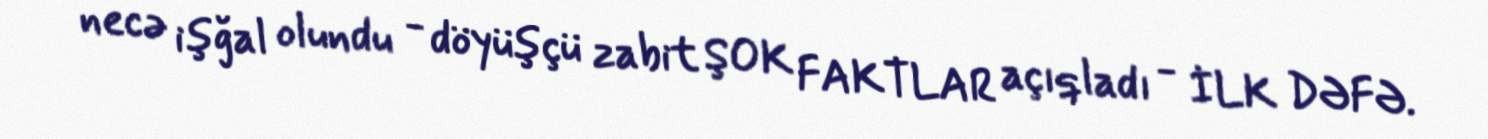
necə işğal olundu - döyüşçü zabit ŞOK FAKTLAR açıqladı - İLK DƏFƏ.